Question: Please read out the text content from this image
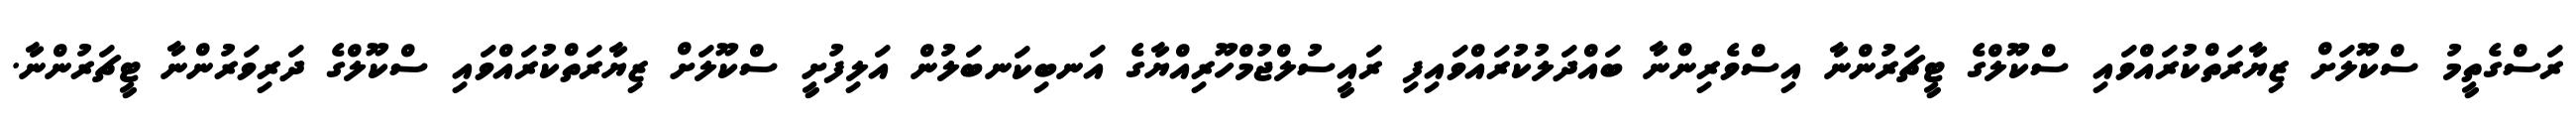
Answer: ރަސްގެތީމު ސްކޫލަށް ޒިޔާރަތްކުރައްވައި ސްކޫލްގެ ޓީޗަރުންނާ އިސްވެރިންނާ ބައްދަލުކުރައްވައިފި ރައީސުލްޖުމްހޫރިއްޔާގެ އަނބިކަނބަލުން އަލިފުށީ ސްކޫލަށް ޒިޔާރަތްކުރައްވައި ސްކޫލްގެ ދަރިވަރުންނާ ޓީޗަރުންނާ.